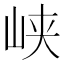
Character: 峡